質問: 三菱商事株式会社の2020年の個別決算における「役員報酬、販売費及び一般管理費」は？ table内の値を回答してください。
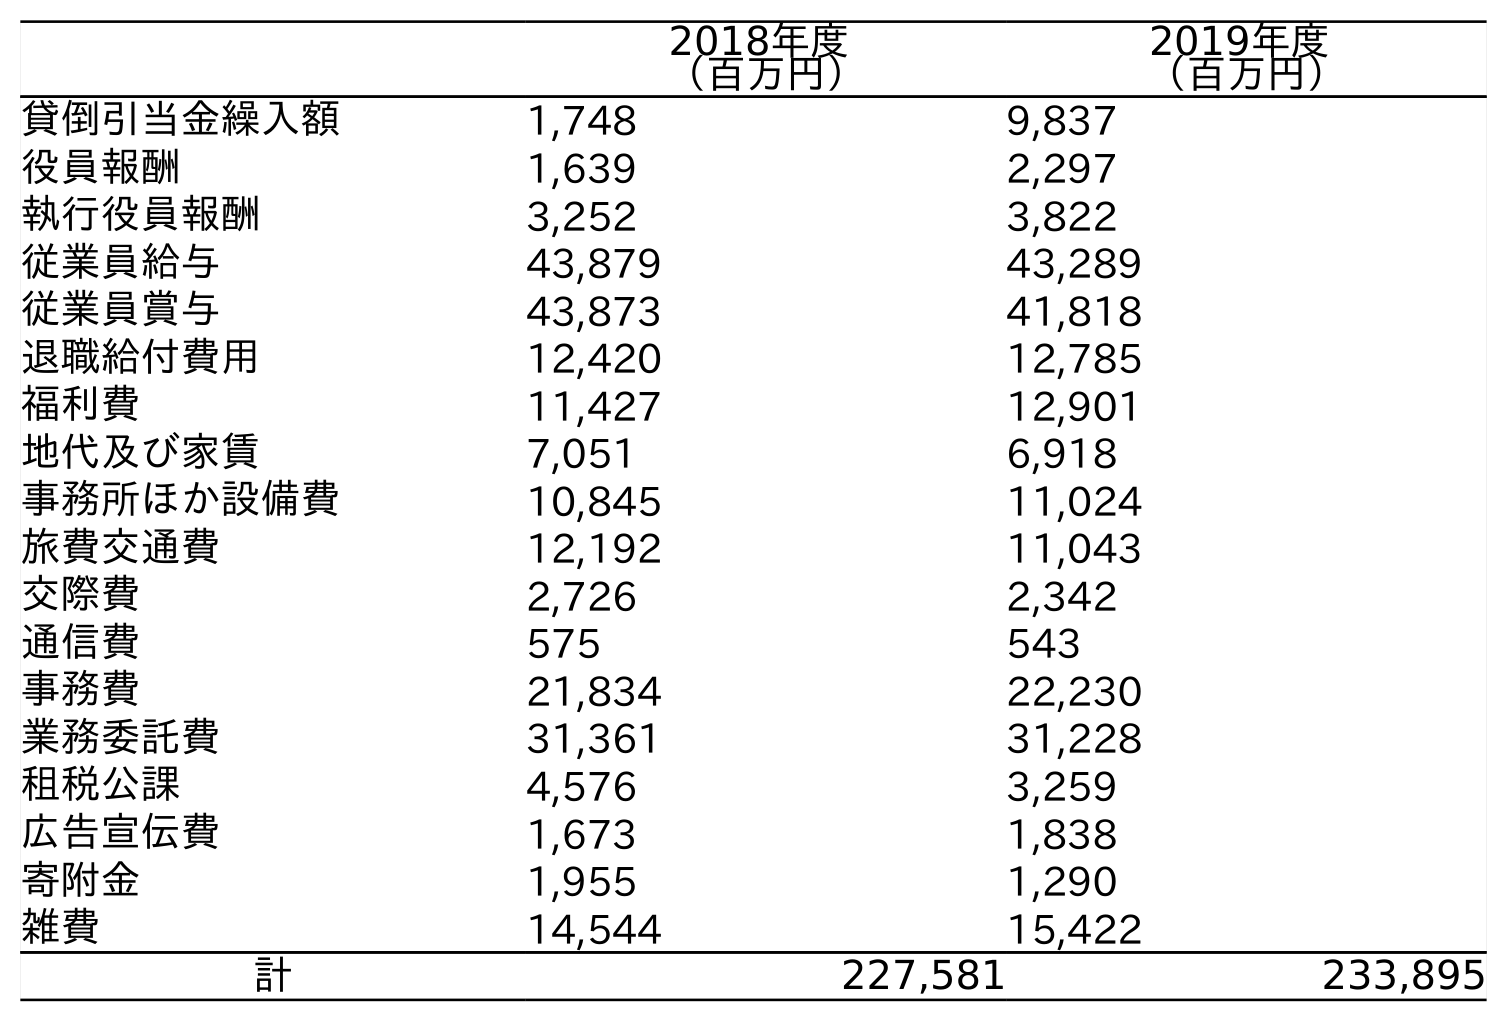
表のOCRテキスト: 2018年度 （百万円） 2019年度 （百万円） 貸倒引当金繰入額 1,748 9,837 役員報酬 1,639 2,297 執行役員報酬 3,252 3,822 従業員給与 43,879 43,289 従業員賞与 43,873 41,818 退職給付費用 12,420 12,785 福利費 11,427 12,901 地代及び家賃 7,051 6,918 事務所ほか設備費 10,845 11,024 旅費交通費 12,192 11,043 交際費 2,726 2,342 通信費 575 543 事務費 21,834 22,230 業務委託費 31,361 31,228 租税公課 4,576 3,259 広告宣伝費 1,673 1,838 寄附金 1,955 1,290 雑費 14,544 15,422 計 227,581 233,895
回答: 2,297